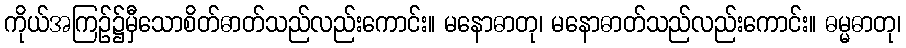
ကိုယ်အကြဉ်၌မှီသောစိတ်ဓာတ်သည်လည်းကောင်း။ မနောဓာတု၊ မနောဓာတ်သည်လည်းကောင်း။ ဓမ္မဓာတု၊